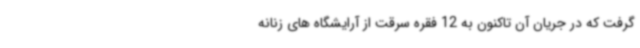
گرفت که در جریان آن تاکنون به 12 فقره سرقت از آرایشگاه های زنانه